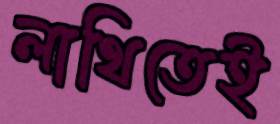
লাথিতেই